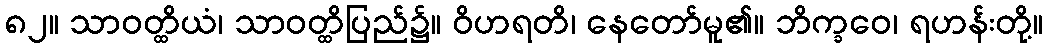
၈၂။ သာဝတ္ထိယံ၊ သာဝတ္ထိပြည်၌။ ဝိဟရတိ၊ နေတော်မူ၏။ ဘိက္ခဝေ၊ ရဟန်းတို့။